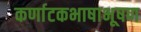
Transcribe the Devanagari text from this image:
कर्णाटकभाषाभूषण